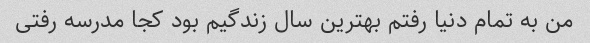
من به تمام دنیا رفتم بهترین سال زندگیم بود کجا مدرسه رفتی